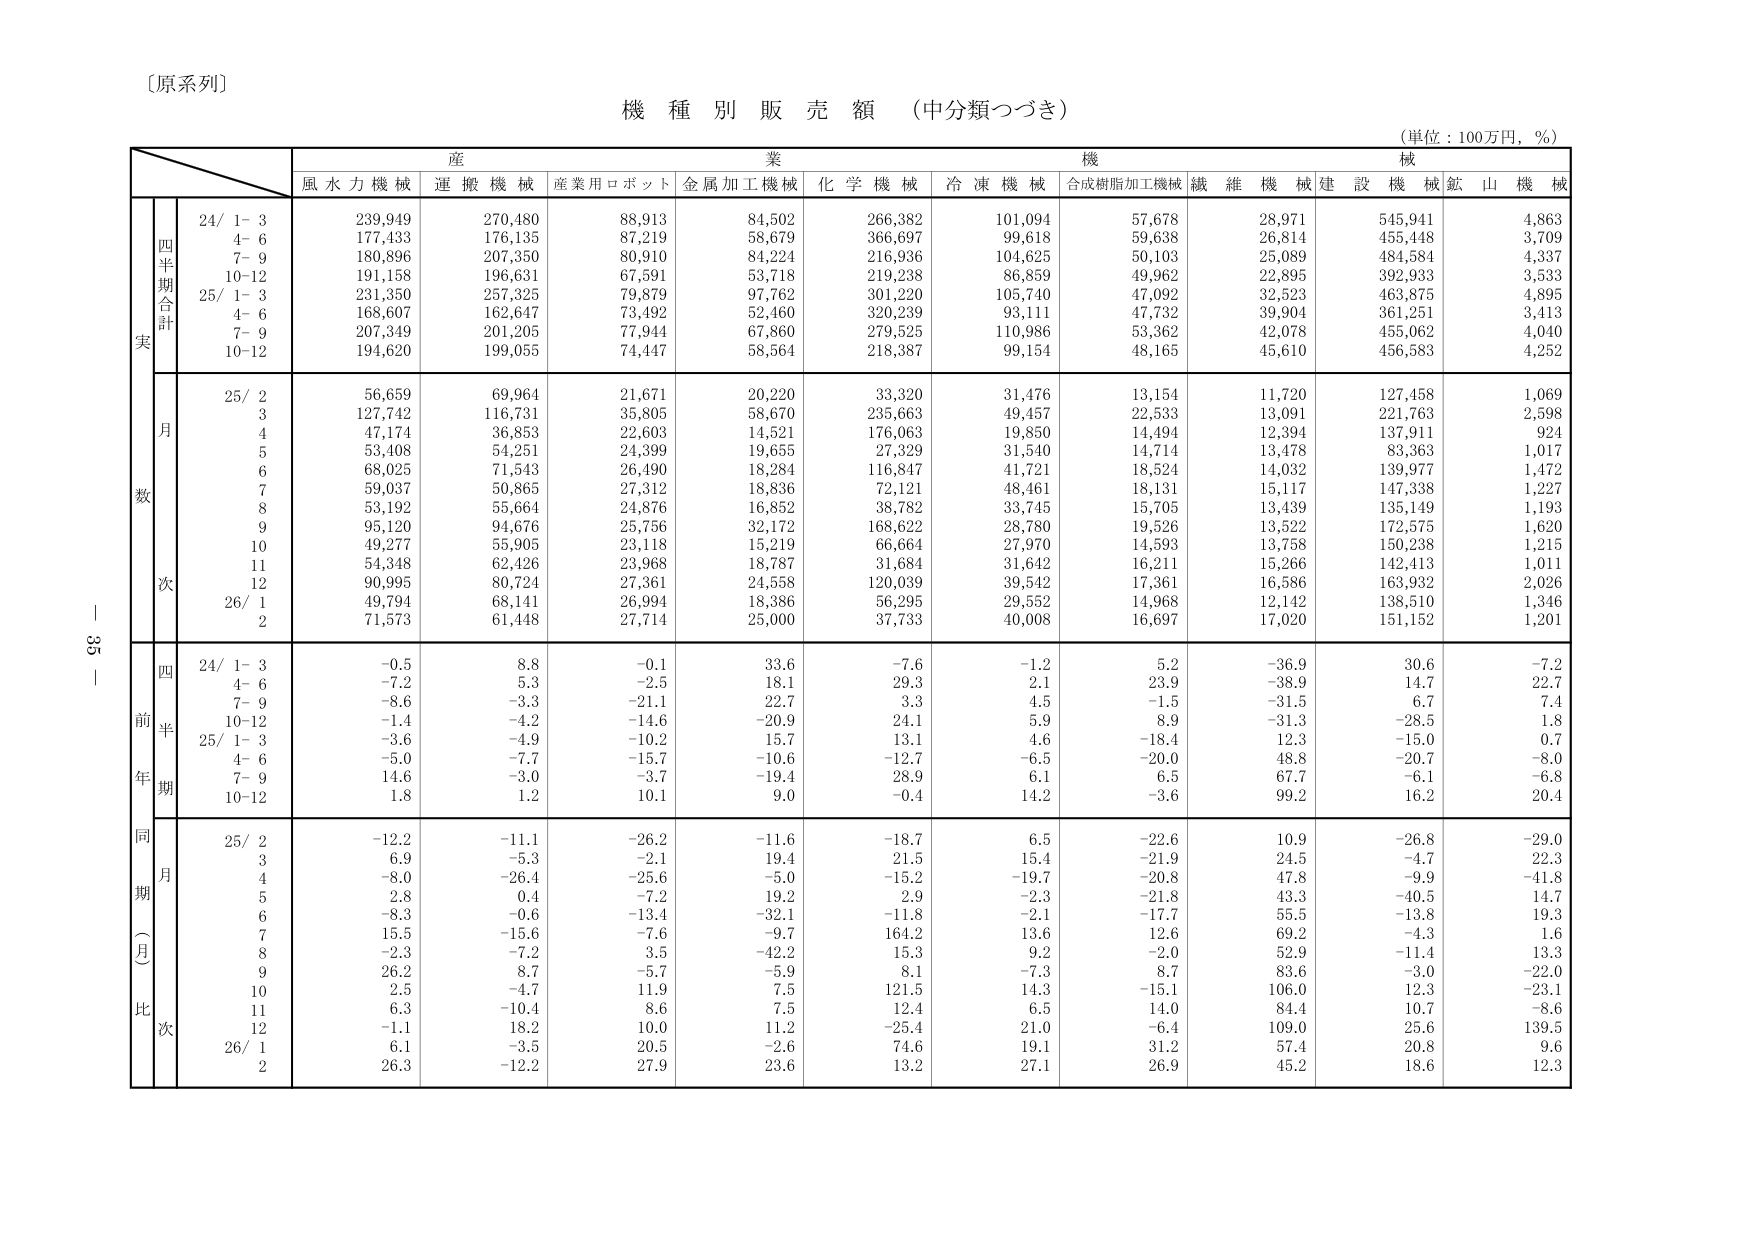
〔原系列〕

機 種 別 販 売 額 （中分類つづき）
（単位：100万円，％）